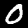
Label: 0